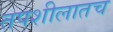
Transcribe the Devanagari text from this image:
तपशीलातच